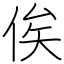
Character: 俟